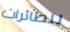
للطائرات